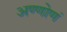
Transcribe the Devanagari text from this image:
अण्णोणं